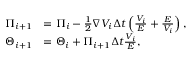
\begin{array} { r l } { \boldsymbol { \Pi } _ { i + 1 } } & { = \boldsymbol { \Pi } _ { i } - \frac { 1 } { 2 } \boldsymbol { \nabla } V _ { i } \Delta t \left( \frac { V _ { i } } { E } + \frac { E } { V _ { i } } \right) , } \\ { \boldsymbol { \Theta } _ { i + 1 } } & { = \boldsymbol { \Theta } _ { i } + \boldsymbol { \Pi } _ { i + 1 } \Delta t \frac { V _ { i } } { E } , } \end{array}